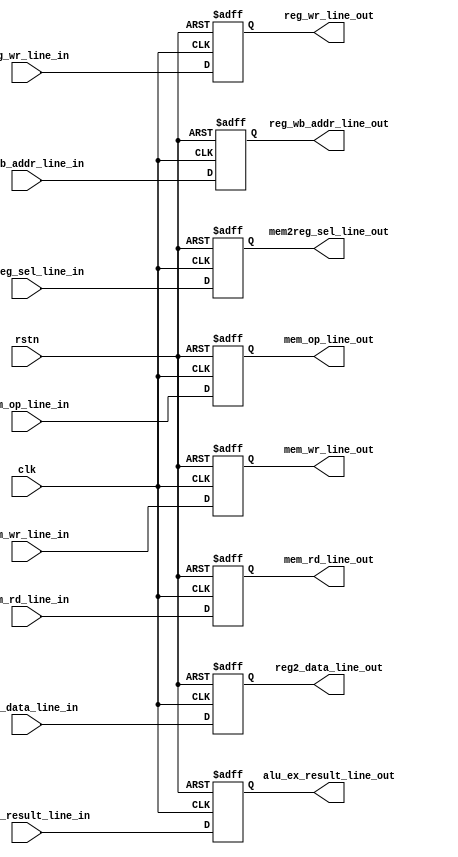
module ex_mem(
    //clk & rst
    input               clk                         ,
    input               rstn                        ,
    //Control signals
    input               reg_wr_line_in              ,
    input               mem2reg_sel_line_in         ,
    input               mem_wr_line_in              ,
    input               mem_rd_line_in              ,
    input       [2:0]   mem_op_line_in              ,
    //alu_imm
    //alu_ex
    input       [31:0]  alu_ex_result_line_in       ,
    //reg
    input       [31:0]  reg2_data_line_in           ,
    //reg write bank addr
    input       [4:0]   reg_wb_addr_line_in         ,
    //data output
    //Control signals
    output  reg         reg_wr_line_out             ,
    output  reg         mem2reg_sel_line_out        ,
    output  reg         mem_wr_line_out             ,
    output  reg         mem_rd_line_out             ,
    output  reg [2:0]   mem_op_line_out             ,
    //alu_ex
    output  reg [31:0]  alu_ex_result_line_out      ,
    //reg
    output  reg [31:0]  reg2_data_line_out          ,
    //reg write bank addr
    output  reg [4:0]   reg_wb_addr_line_out        
);

always @(posedge clk or negedge rstn) begin
    if(!rstn) begin
        reg_wr_line_out     <= 1'd0;
        mem2reg_sel_line_out<= 1'd0;
        mem_wr_line_out     <= 1'd0;
        mem_rd_line_out     <= 1'd0;
        mem_op_line_out     <= 3'd0;
    end
    else begin
        reg_wr_line_out     <= reg_wr_line_in     ;
        mem2reg_sel_line_out<= mem2reg_sel_line_in;
        mem_wr_line_out     <= mem_wr_line_in     ;
        mem_rd_line_out     <= mem_rd_line_in     ;
        mem_op_line_out     <= mem_op_line_in     ;
    end
end


always @(posedge clk or negedge rstn) begin
    if(!rstn) begin
        alu_ex_result_line_out  <= 32'd0;
    end
    else begin
        alu_ex_result_line_out  <= alu_ex_result_line_in;
    end
end

always @(posedge clk or negedge rstn) begin
    if(!rstn)
        reg2_data_line_out <= 32'd0;
    else
        reg2_data_line_out <= reg2_data_line_in;
end

always @(posedge clk or negedge rstn) begin
    if(!rstn)
        reg_wb_addr_line_out <= 5'd0;
    else
        reg_wb_addr_line_out <= reg_wb_addr_line_in;
end

endmodule